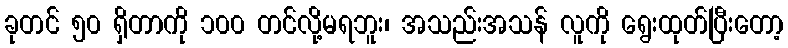
ခုတင် ၅၀ ရှိတာကို ၁၀၀ တင်လို့မရဘူး၊ အသည်းအသန် လူကို ရွေးထုတ်ပြီးတော့